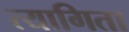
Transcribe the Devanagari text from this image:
त्यागिता